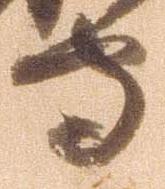
守